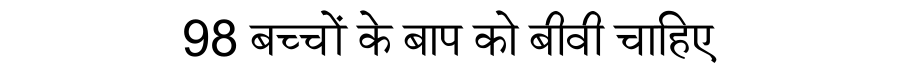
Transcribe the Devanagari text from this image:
98 बच्चों के बाप को बीवी चाहिए